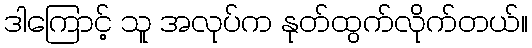
ဒါကြောင့် သူ အလုပ်က နုတ်ထွက်လိုက်တယ်။